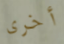
أخرى